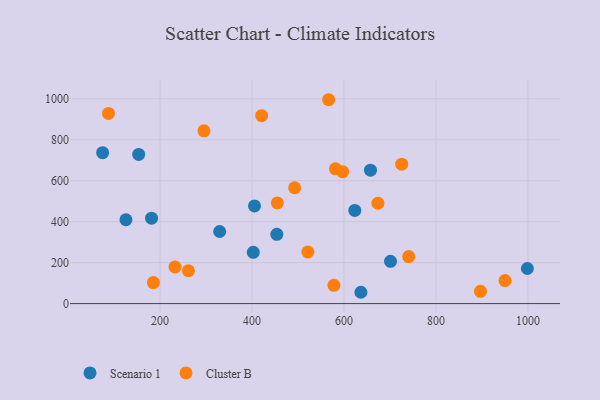
{"axis": {"x": "Experience", "y": "Yield"}, "legend": ["Cluster B", "Scenario 1"], "data": [{"x": "636.8", "y": 55.3, "type": "Scenario 1"}, {"x": "405.4", "y": 477.0, "type": "Scenario 1"}, {"x": "623.5", "y": 455.2, "type": "Scenario 1"}, {"x": "329.7", "y": 352.0, "type": "Scenario 1"}, {"x": "75.2", "y": 736.9, "type": "Scenario 1"}, {"x": "657.6", "y": 651.4, "type": "Scenario 1"}, {"x": "454.0", "y": 338.4, "type": "Scenario 1"}, {"x": "153.6", "y": 728.3, "type": "Scenario 1"}, {"x": "181.6", "y": 417.0, "type": "Scenario 1"}, {"x": "125.9", "y": 409.5, "type": "Scenario 1"}, {"x": "998.8", "y": 171.5, "type": "Scenario 1"}, {"x": "701.2", "y": 206.5, "type": "Scenario 1"}, {"x": "402.8", "y": 250.6, "type": "Scenario 1"}, {"x": "87.9", "y": 928.9, "type": "Cluster B"}, {"x": "232.6", "y": 179.1, "type": "Cluster B"}, {"x": "725.6", "y": 680.8, "type": "Cluster B"}, {"x": "261.8", "y": 160.3, "type": "Cluster B"}, {"x": "492.8", "y": 565.8, "type": "Cluster B"}, {"x": "896.8", "y": 59.8, "type": "Cluster B"}, {"x": "597.1", "y": 644.1, "type": "Cluster B"}, {"x": "673.8", "y": 490.1, "type": "Cluster B"}, {"x": "581.5", "y": 658.1, "type": "Cluster B"}, {"x": "521.5", "y": 252.1, "type": "Cluster B"}, {"x": "578.1", "y": 89.0, "type": "Cluster B"}, {"x": "295.6", "y": 843.6, "type": "Cluster B"}, {"x": "950.2", "y": 112.6, "type": "Cluster B"}, {"x": "566.7", "y": 995.6, "type": "Cluster B"}, {"x": "740.8", "y": 229.4, "type": "Cluster B"}, {"x": "420.9", "y": 917.7, "type": "Cluster B"}, {"x": "185.6", "y": 102.6, "type": "Cluster B"}, {"x": "455.1", "y": 491.7, "type": "Cluster B"}]}